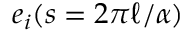
e _ { i } ( s = 2 \pi \ell / \alpha )